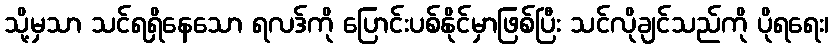
သို့မှသာ သင်ရရှိနေသော ရလဒ်ကို ပြောင်းပစ်နိုင်မှာဖြစ်ပြီး သင်လိုချင်သည်ကို ပိုရရေး၊